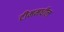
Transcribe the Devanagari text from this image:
टीममधील